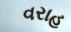
વરાહ